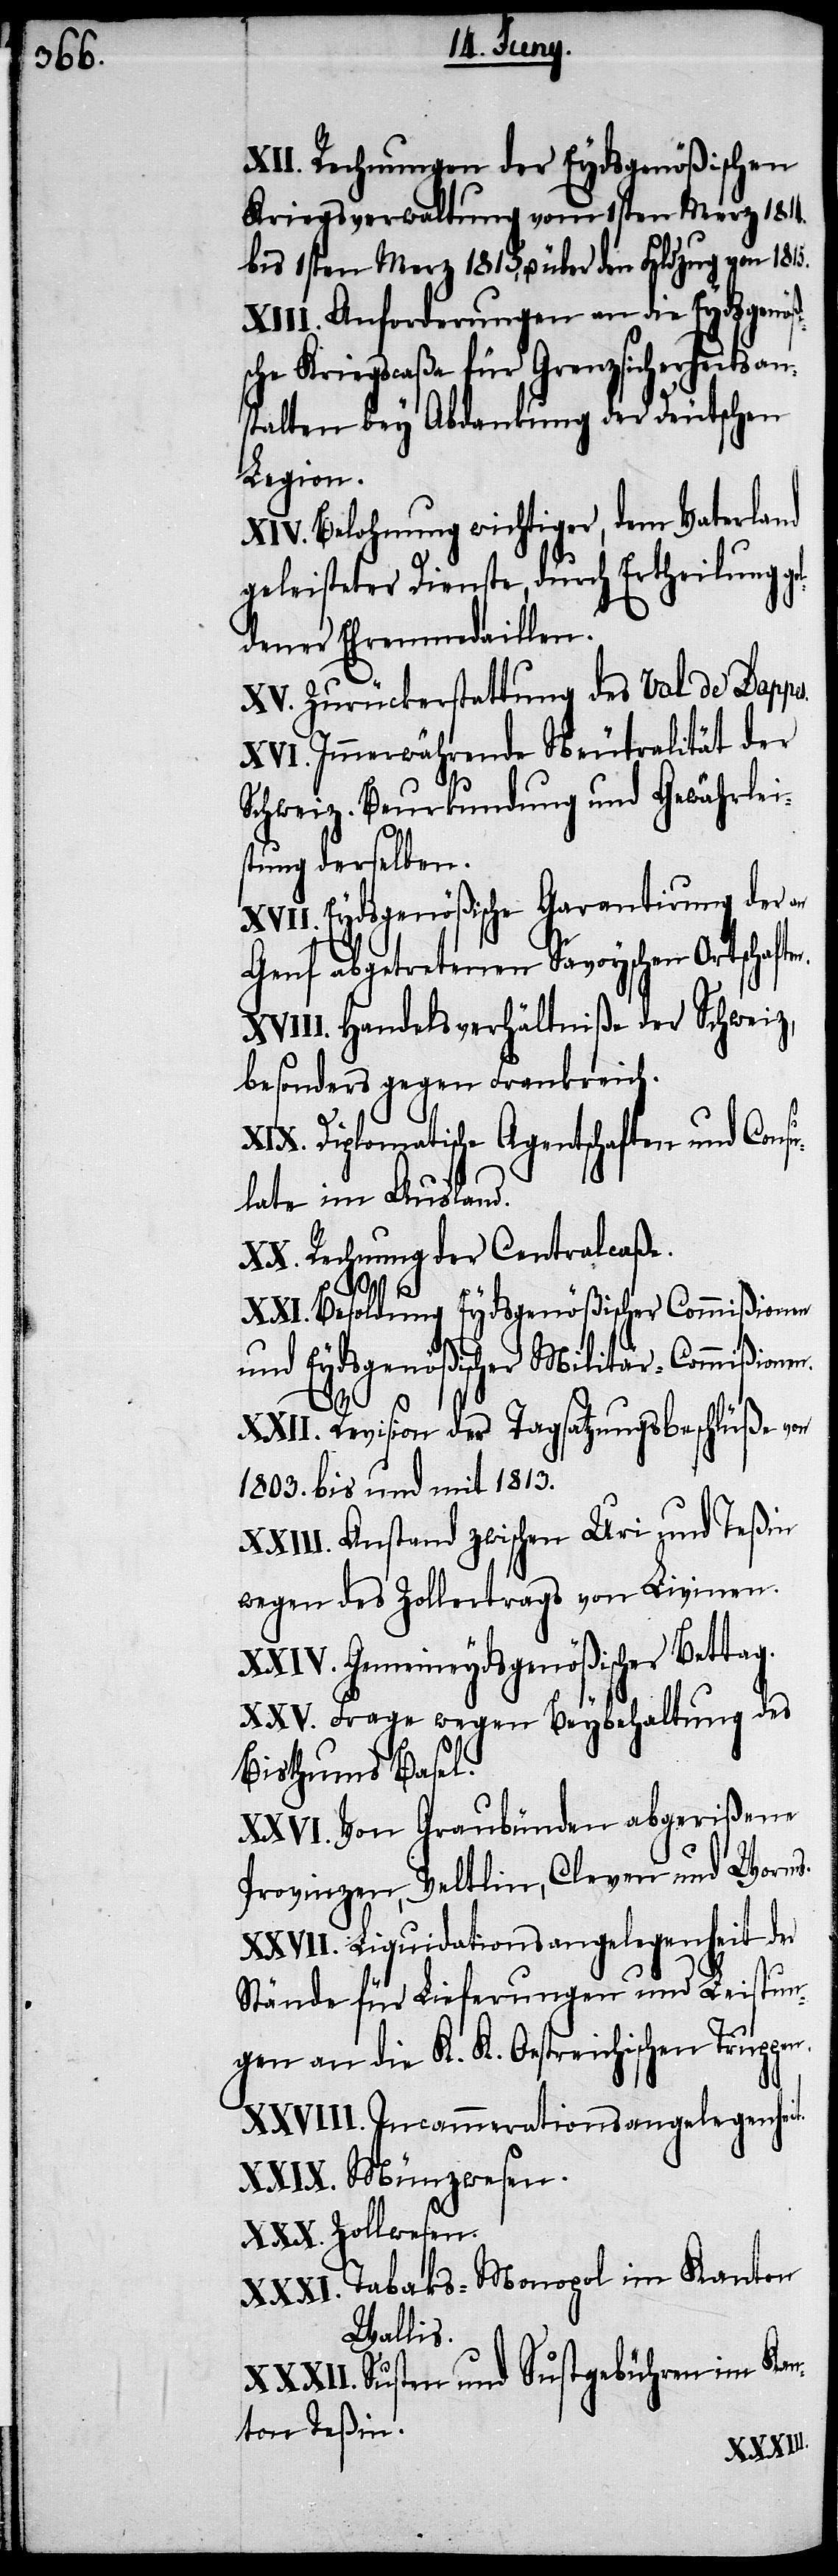
Rechnungen der Eydsgenößischen
Kriegsverwaltung vom 1sten Merz 1814.
bis 1. Merz 1815. u. über den Feldzug 1815.
Anforderungen an die Eydsgenößi¬
che Kriegscaßa für Grenzsicherheitsan¬
stalten bey Abdankung der Deutschen
Legion.
Belohnung wichtiger, dem Vaterland
geleisteter Dienste, durch Ertheilung go¬
ldener Ehrenmedaillen.
Zurückerstattung des Val de Dappe¬
Immerwährende Neutralität der
Schweiz. Beurkundung und Gewährleis¬
tung derselben.
Eydsgenößische Garantirung der an
Genf abgetretenen Savoyschen Ortschaft¬
Handelsverhältniße der Schweiz,
besonders gegen Frankreich.
s.
Diplomatische Agentschaften und Consu¬
late im Ausland.
Rechnung der Centralcaße.
Besoldung Eydsgenößischer Commißionen
und Eydsgenößischer Militär-Commißion¬
en.
Revision der Tagsatzungsbeschlüße von
1803. bis und mit 1813.
Anstand zwischen Uri und Teßin
wegen des Zollertrags von Livinen.
Gemeineydsgenößischer Bettag.
Frage wegen Beybehaltung des
Bisthums Basel.
Von Graubünden abgerißene
Provinzen, Veltlin, Cleven und Worms.
Liquidationsangelegenheit der
Stände für Lieferungen und Leistun¬
gen an die K. K. Oestreichischen Truppen.
Incammerationsangelegenheit.
Münzwesen.
Zollwesen.
Tabaks-Monopol im Kanton
Wallis.
Susten und Sustgebühren im Kan¬
ton Teßin.